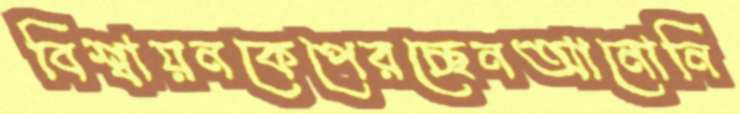
বিশ্বায়নকেপেরচ্ছেনআনোনি